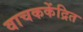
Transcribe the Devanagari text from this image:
वाचककेंद्रित